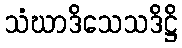
သံဃာဒိသေသဒိဋ္ဌိ